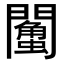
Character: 𨷌